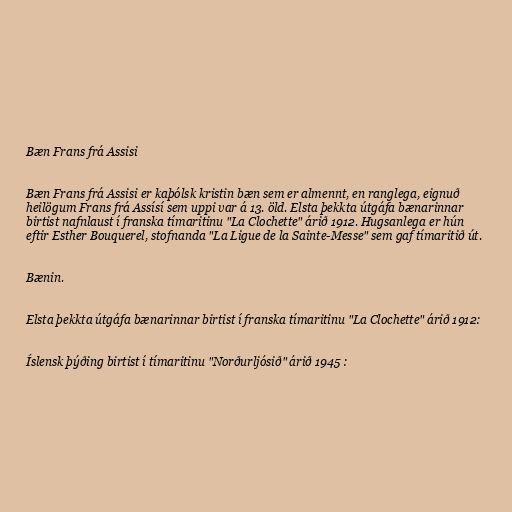
Bæn Frans frá Assisi

Bæn Frans frá Assisi er kaþólsk kristin bæn sem er almennt, en ranglega, eignuð
heilögum Frans frá Assísí sem uppi var á 13. öld. Elsta þekkta útgáfa bænarinnar
birtist nafnlaust í franska tímaritinu "La Clochette" árið 1912. Hugsanlega er hún
eftir Esther Bouquerel, stofnanda "La Ligue de la Sainte-Messe" sem gaf tímaritið út.

Bænin.

Elsta þekkta útgáfa bænarinnar birtist í franska tímaritinu "La Clochette" árið 1912:

Íslensk þýðing birtist í tímaritinu "Norðurljósið" árið 1945 :